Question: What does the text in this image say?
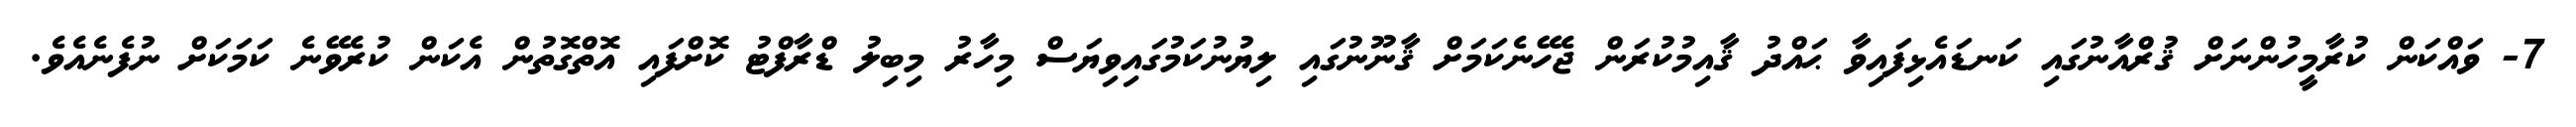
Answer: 7- ވައްކަން ކުރާމީހުންނަށް ޤުރްއާނުގައި ކަނޑައެޅިފައިވާ ޙައްދު ޤާއިމުކުރަން ޖެހޭނެކަމަށް ޤާނޫނުގައި ލިޔުނުކަމުގައިވިޔަސް މިހާރު މިބިލު ޑްރާފްޓު ކޮށްފައި އޮތްގޮތުން އެކަން ކުރެވޭނެ ކަމަކަށް ނުފެނެއެވެ.